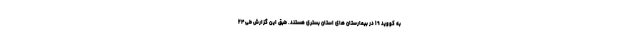
به کووید ۱۹ در بیمارستان های استان بستری هستند. طبق این گزارش طی ۲۴